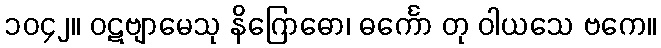
၁၀၄၂။ ဝဋဗျာမေသု နိဂြောဓော၊ ဓင်္ကော တု ဝါယသေ ဗကေ။